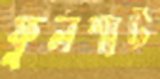
ফুলশার্ট